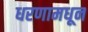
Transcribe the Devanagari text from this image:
धरणामधून